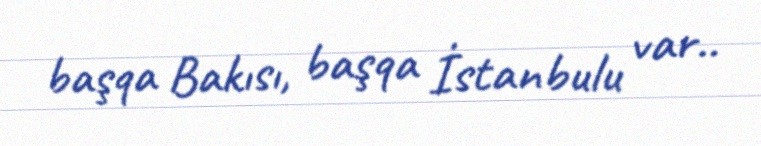
başqa Bakısı, başqa İstanbulu var..